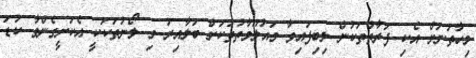
މިހާތަނަށް އެކި ފަރާތްތަކުން ލިބިފައިވާ މައުލޫމާތުތަކަށް ބަލާއިރު މި ލޯނުތަކަކީ އެކަށީގެންވާ ކުޑަ